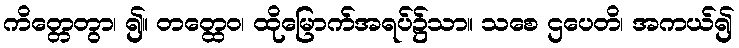
ကိတ္တေတွာ၊ ၍။ တတ္ထေဝ၊ ထိုမြောက်အရပ်၌သာ။ သစေ ဌပေတိ၊ အကယ်၍